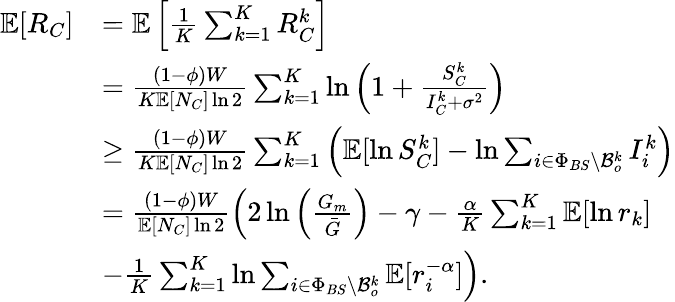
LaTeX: \begin{array}{rl}{\mathbb{E}[R_{C}]}&{=\mathbb{E}\left[\frac{1}{K}\sum_{k=1}^{K}R_{C}^{k}\right]}\\ &{=\frac{(1-\phi)W}{K\mathbb{E}[N_{C}]\ln 2}\sum_{k=1}^{K}\ln\left(1+\frac{S_{C}^{k}}{I_{C}^{k}+\sigma^{2}}\right)}\\ &{\geq\frac{(1-\phi)W}{K\mathbb{E}[N_{C}]\ln 2}\sum_{k=1}^{K}\left(\mathbb{E}[\ln S_{C}^{k}]-\ln\sum_{i\in\Phi_{BS}\backslash\mathcal{B}_{o}^{k}}I_{i}^{k}\right)}\\ &{=\frac{(1-\phi)W}{\mathbb{E}[N_{C}]\ln 2}\left(2\ln\left(\frac{G_{m}}{\bar{G}}\right)-\gamma-\frac{\alpha}{K}\sum_{k=1}^{K}\mathbb{E}[\ln r_{k}]\right.}\\ &{\left.-\frac{1}{K}\sum_{k=1}^{K}\ln\sum_{i\in\Phi_{BS}\backslash\mathcal{B}_{o}^{k}}\mathbb{E}[r_{i}^{-\alpha}]\right).}\end{array}